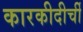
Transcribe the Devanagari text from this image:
कारकीदीर्ची